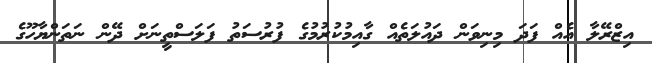
އިޒްރޭލާ އެއް ފަދަ މިނިވަން ދައުލަތެއް ގާއިމުކުރުމުގެ ފުރުސަތު ފަލަސްތީނަށް ދޭން ނަތަންޔާހޫގެ